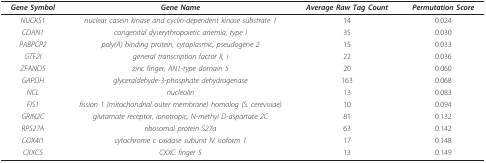
| Gene Symbol | Gene Name | Average Raw Tag Count | Permutation Score |
 | --- | --- | --- | --- |
 | NUCKS1 | nuclear casein kinase and cyclin-dependent kinase substrate 1 | 14 | 0.024 |
 | CDAN1 | congenital dyserythropoietic anemia, type I | 35 | 0.030 |
 | PABPCP2 | poly(A) binding protein, cytoplasmic, pseudogene 2 | 15 | 0.033 |
 | GTF2I | general transcription factor II, i | 22 | 0.036 |
 | ZFAND5 | zinc finger, AN1-type domain 5 | 20 | 0.060 |
 | GAPDH | glyceraldehyde-3-phosphate dehydrogenase | 163 | 0.068 |
 | NCL | nucleolin | 13 | 0.083 |
 | FIS1 | fission 1 (mitochondrial outer membrane) homolog (S. cerevisiae) | 10 | 0.094 |
 | GRIN2C | glutamate receptor, ionotropic, N-methyl D-aspartate 2C | 81 | 0.132 |
 | RPS27A | ribosomal protein S27a | 63 | 0.142 |
 | COX4I1 | cytochrome c oxidase subunit IV isoform 1 | 17 | 0.148 |
 | CXXC5 | CXXC finger 5 | 13 | 0.149 |